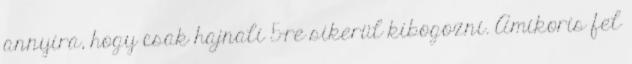
annyira, hogy csak hajnali 5-re sikerül kibogozni. Amikoris fel